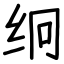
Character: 䌹